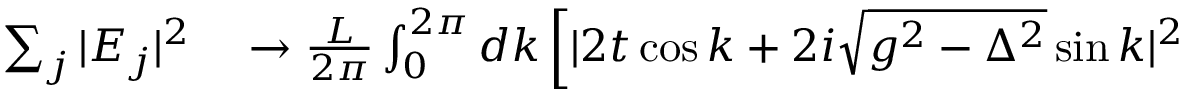
\begin{array} { r l } { \sum _ { j } | E _ { j } | ^ { 2 } } & { { } \to \frac { L } { 2 \pi } \int _ { 0 } ^ { 2 \pi } d k \left[ | 2 t \cos k + 2 i \sqrt { g ^ { 2 } - \Delta ^ { 2 } } \sin k | ^ { 2 } \right. } \end{array}